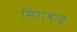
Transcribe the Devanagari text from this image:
मिराबाई